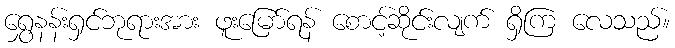
ရွှေနန်းရှင်ဘုရားအား ဖူးမြော်ရန် စောင့်ဆိုင်းလျက် ရှိကြ လေသည်။